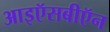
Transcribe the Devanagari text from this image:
आइऍसबीऍन